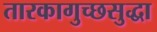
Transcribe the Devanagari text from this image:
तारकागुच्छसुद्धा